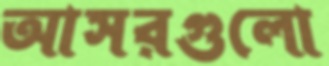
আসরগুলো